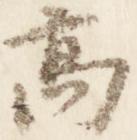
高